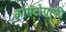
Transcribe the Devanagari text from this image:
क्रोमॅटोग्राफी